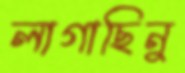
লাগাছিনু